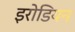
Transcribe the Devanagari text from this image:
इरोडियन